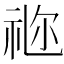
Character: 𥙧